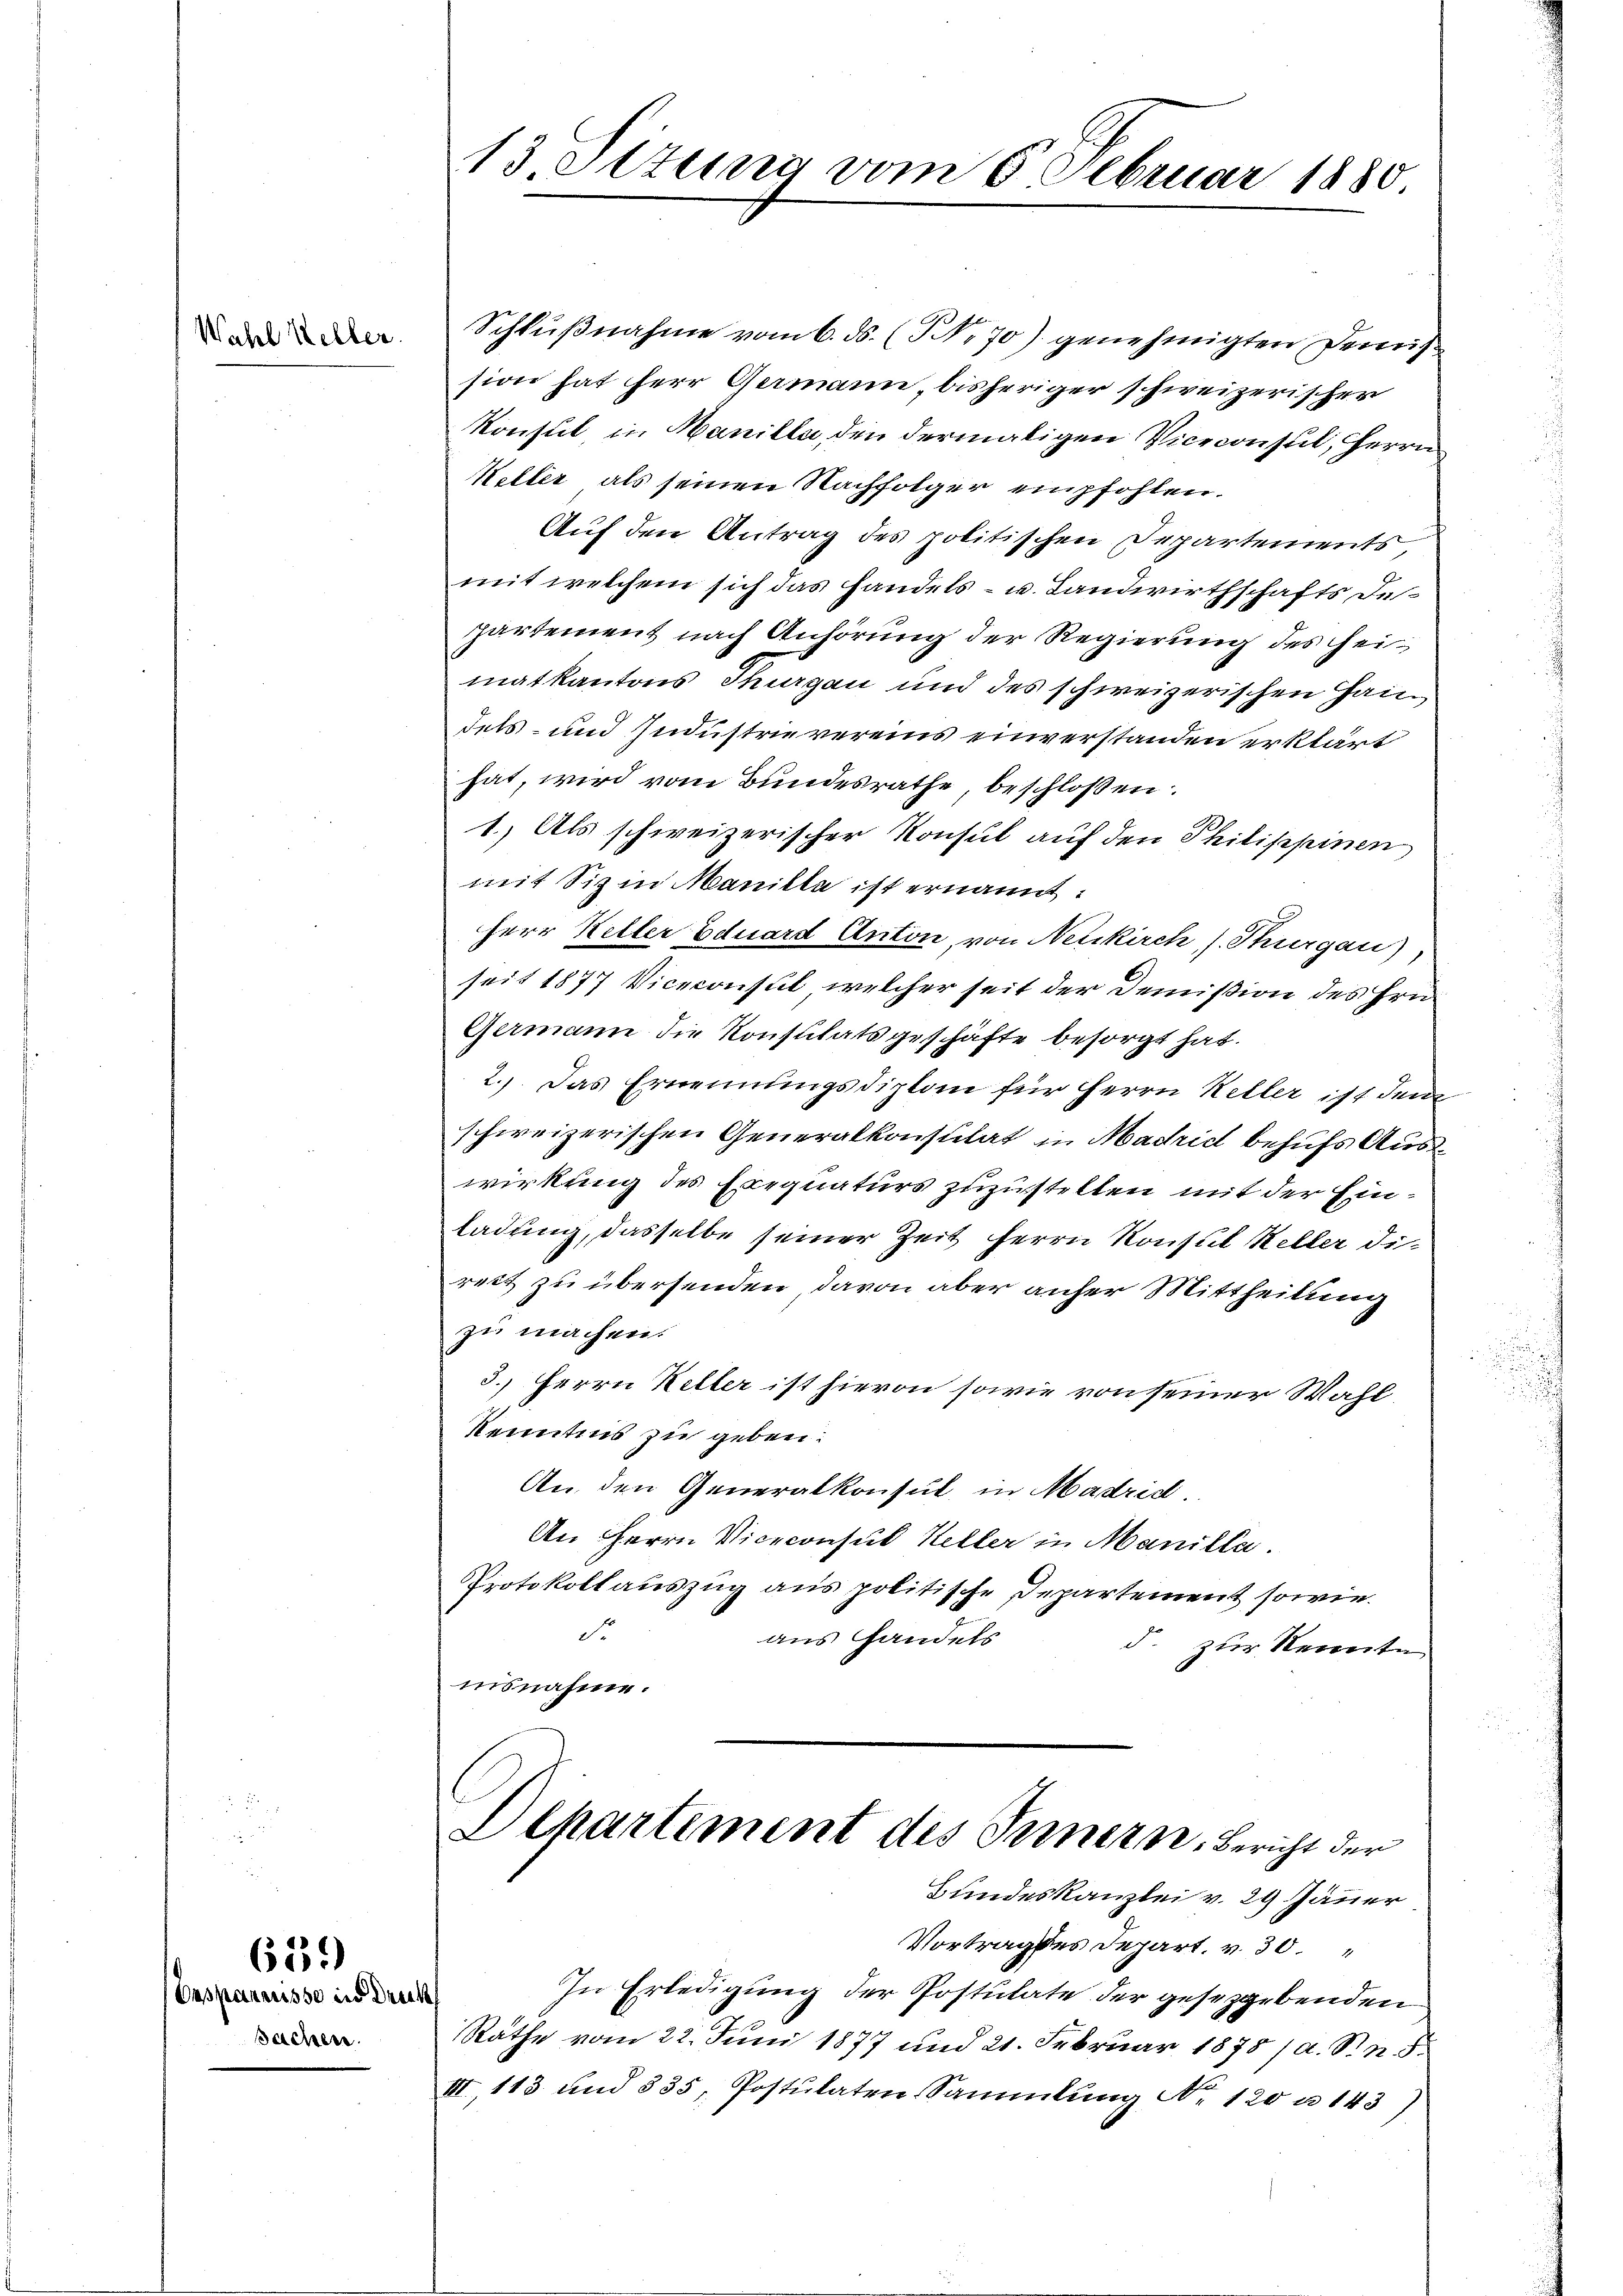
Wahl Keller.

639)

Besparausse in Druck
Sachen.

13 Stung vom 6. Februar 1880

Schlußnahme vom 6. ds. (NNo. 70) genehmigten Demis
sion hat herr Germann, bisheriger schweizerischer
Konsul in Manille, den dermaligen Viceconsul, Herrn
Kelter als seinen Nachfolger empfohlen.
Auf den Antrag des politischen Departements,
mit welchem sich das handels- u. Landwirthschafts Departement nach Anhörung der Regierung des Heimatkantons Thurgau und des schweizerischen Haus
dels- und Jndustrie vereins einverstanden erklärt
hat, wird vom Bundesrathe, beschlossen:
1.) Als schweizerischer Konsul auf den Philippinen
mit Siz in Manille ist ernannt:
Herr Keller Eduard Anton, von Neukirch, s. Thurgau),
seit 1877 Viceconsul, welcher seit der Demißion des Hrn.
Germann die Konsulatsgeschäfte besorgt hat.
2.) Das Ernennungsdiplom für Herrn Keller ist dem
schweizerischen Generalkonsulat in Madrich behufs Auswirkung des Exequaturs zuzustellen mit der Einladung, dasselbe seiner Zeit Herrn Konsul Keller di
reit zu übersenden, davon aber aufer Mittheilung
zu machen.
3.) Herrn Keller ist hievon sowie von seiner Wahl¬
Kenntnis zu geben.
An den Generalkonsul in Madrid
An Herrn Viceconsul Keller in Manille.
Protokollauszug aus politische Departement sowie
St
aus Handels
d. zur Kennte
insnahme.

Vortrages Depart. v. 30.
In Erledigung der Postulate der gesetzgebenden
Räthe vom 22. Juni 1877 und 21. Februar 1875 /A. S. n. F.
III, 113 und 335, Postulaten Sammlung Nr. 120 n 143

Departement des Innern, Bericht der
Bundeskanzlei v. 29 Jänner